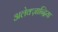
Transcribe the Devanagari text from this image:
अलेक्ज़ान्द्रिया